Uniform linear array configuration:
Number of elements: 12
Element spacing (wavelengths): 0.25
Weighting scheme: cosine
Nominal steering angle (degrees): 60
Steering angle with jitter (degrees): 58.93
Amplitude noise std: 0.05
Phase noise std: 0.05

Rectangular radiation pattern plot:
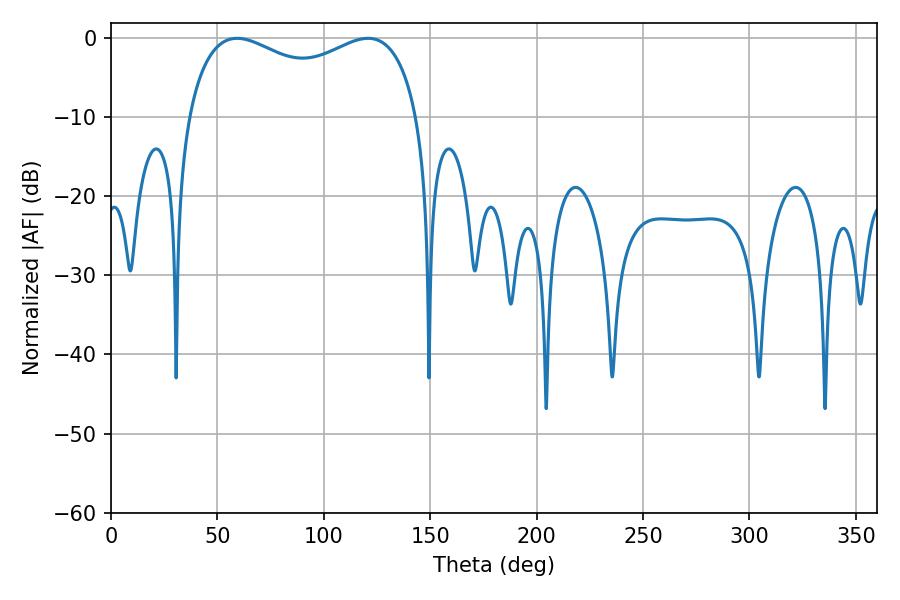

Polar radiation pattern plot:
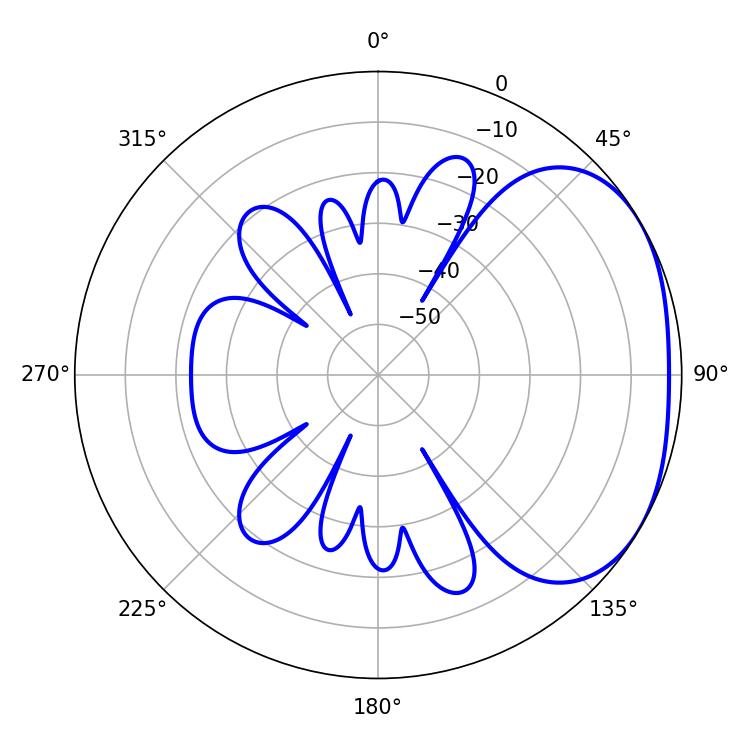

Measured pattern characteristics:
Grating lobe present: FALSE
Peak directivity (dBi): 2.413
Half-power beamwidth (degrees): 90
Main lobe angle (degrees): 59.22